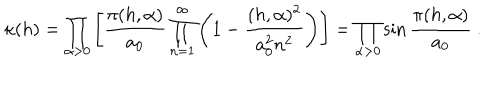
\kappa ( h ) = \prod _ { \alpha > 0 } \left[ \frac { \pi ( h , \alpha ) } { a _ { 0 } } \prod _ { n = 1 } ^ { \infty } \left( 1 - \frac { ( h , \alpha ) ^ { 2 } } { a _ { 0 } ^ { 2 } n ^ { 2 } } \right) \right] = \prod _ { \alpha > 0 } \sin \frac { \pi ( h , \alpha ) } { a _ { 0 } } \ .